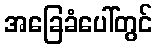
အခြေခံပေါ်တွင်